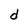
Character: d